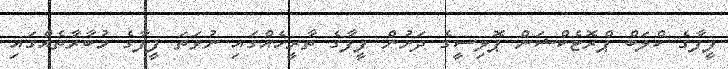
ފީފާގެ ކްލަބް ޕްރޮޓެކްޝަން ޕޮލިސީގެ ދަށުން ފީފާގެ ތާރީހެއްގައި ނުވަތަ ފީފާގެ މުބާރާތެއްގައި